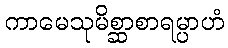
ကာမေသုမိစ္ဆာစာရမ္ပာဟံ